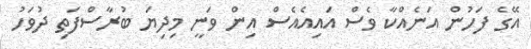
އޭގެ ފަހުން އަނެއްކާ ވެސް އައިއެއެސް އިން ވަނީ މިދިޔަ ބުރާސްފަތި ދުވަހު